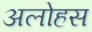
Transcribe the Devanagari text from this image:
अलोहस